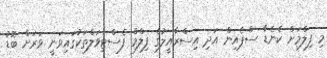
މި ފިލްމަށް ކެނެޑާ ސްޕެއިން އަދި އިސްރާއީލުގެ ފިލްމް ފެސްޓިވަލްތަކުގައިވަނީ ވަރަށް ބޮޑު